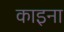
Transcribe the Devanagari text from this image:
काइना